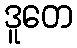
ဒူတေ